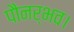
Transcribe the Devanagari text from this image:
पौनर्भव।